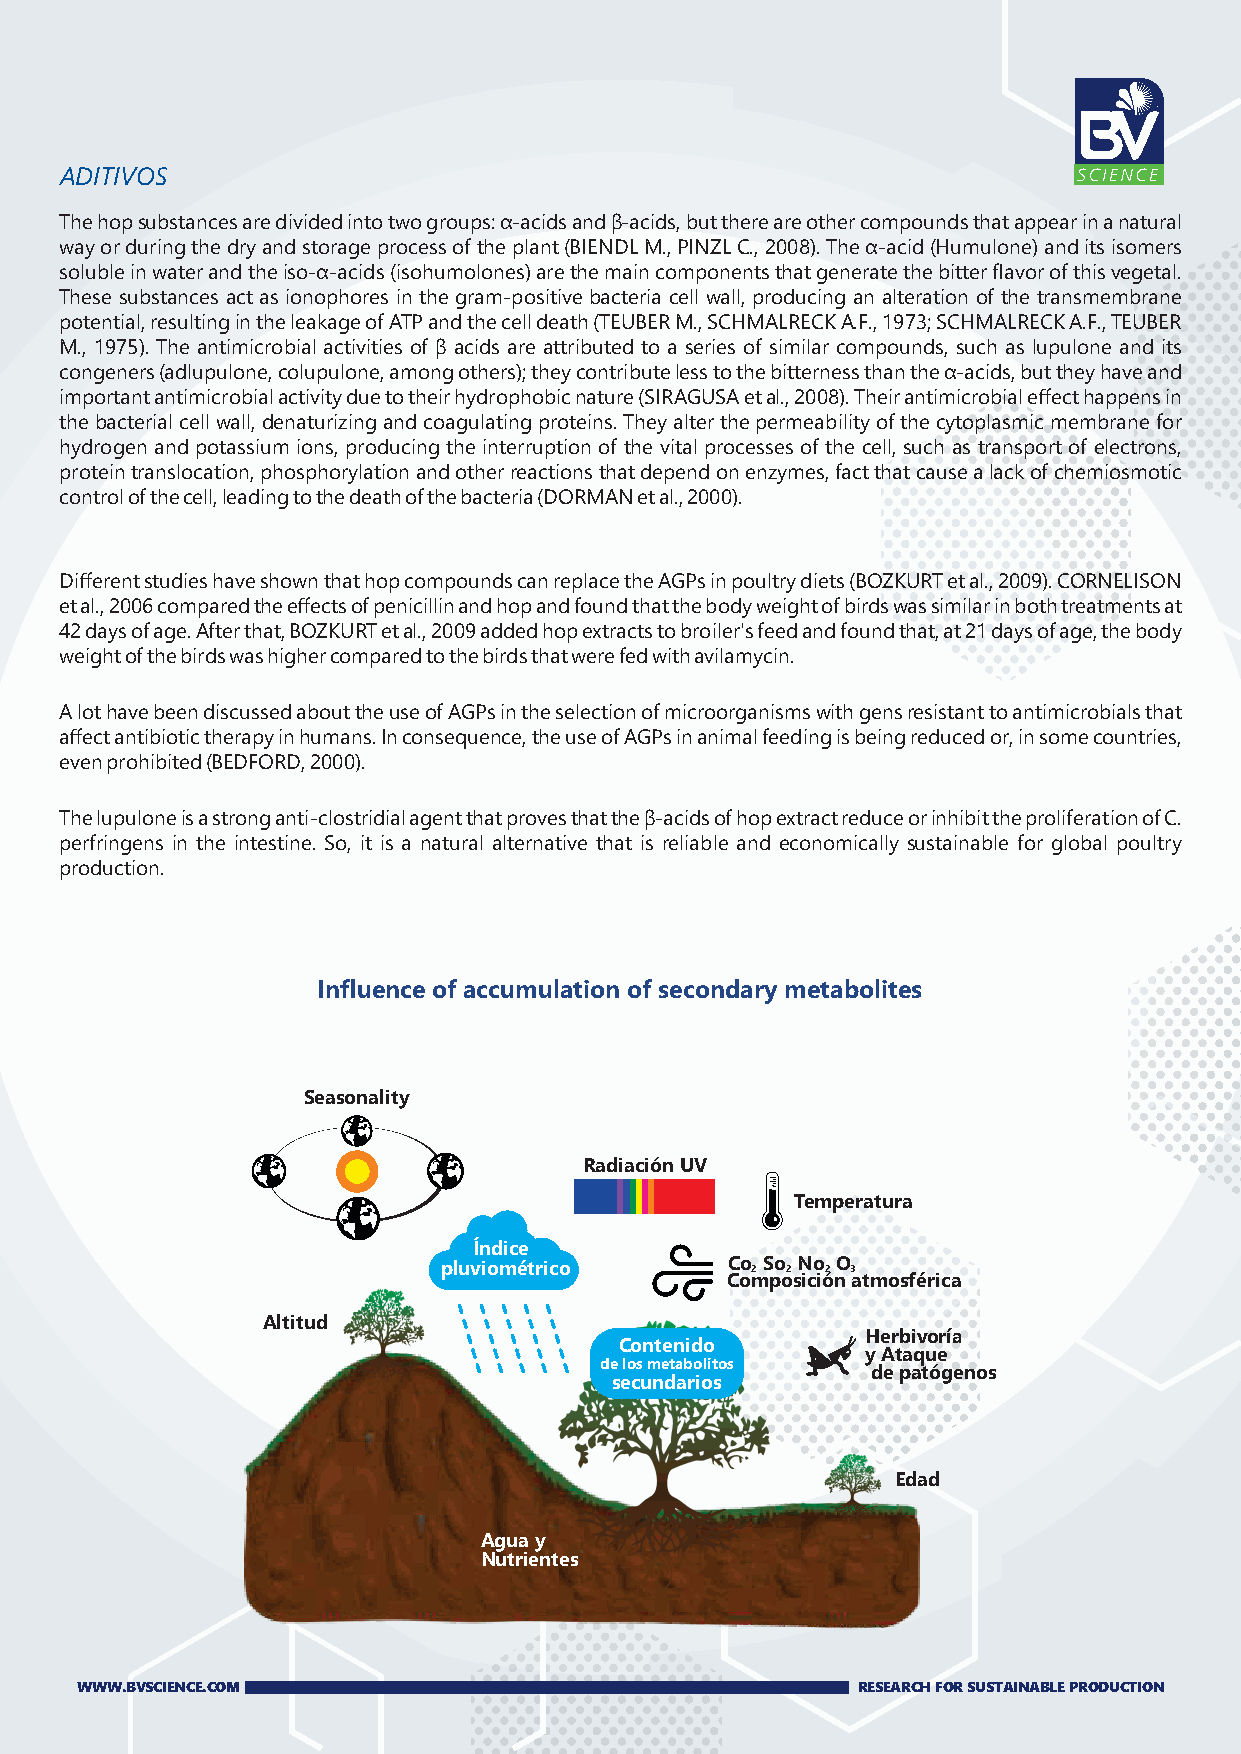
ADITIVOS
 The hop substances are divided into two groups: α-acids and β-acids, but there are other compounds that appear in a natural
 way or during the dry and storage process of the plant (BIENDL M., PINZL C., 2008). The α-acid (Humulone) and its isomers
 soluble in water and the iso-α-acids (isohumolones) are the main components that generate the bitter flavor of this vegetal.
 These substances act as ionophores in the gram-positive bacteria cell wall, producing an alteration of the transmembrane
 potential, resulting in the leakage of ATP and the cell death (TEUBER M., SCHMALRECK A.F., 1973; SCHMALRECK A.F., TEUBER
 M., 1975). The antimicrobial activities of β acids are attributed to a series of similar compounds, such as lupulone and its
 congeners (adlupulone, colupulone, among others); they contribute less to the bitterness than the α-acids, but they have and
 important antimicrobial activity due to their hydrophobic nature (SIRAGUSA et al., 2008). Their antimicrobial effect happens in
 the bacterial cell wall, denaturizing and coagulating proteins. They alter the permeability of the cytoplasmic membrane for
 hydrogen and potassium ions, producing the interruption of the vital processes of the cell, such as transport of electrons,
 protein translocation, phosphorylation and other reactions that depend on enzymes, fact that cause a lack of chemiosmotic
 control of the cell, leading to the death of the bacteria (DORMAN et al., 2000).
 Different studies have shown that hop compounds can replace the AGPs in poultry diets (BOZKURT et al., 2009). CORNELISON
 et al., 2006 compared the effects of penicillin and hop and found that the body weight of birds was similar in both treatments at
 42 days of age. After that, BOZKURT et al., 2009 added hop extracts to broiler's feed and found that, at 21 days of age, the body
 weight of the birds was higher compared to the birds that were fed with avilamycin.
 A lot have been discussed about the use of AGPs in the selection of microorganisms with gens resistant to antimicrobials that
 affect antibiotic therapy in humans. In consequence, the use of AGPs in animal feeding is being reduced or, in some countries,
 even prohibited (BEDFORD, 2000).
 The lupulone is a strong anti-clostridial agent that proves that the β-acids of hop extract reduce or inhibit the proliferation of C.
 perfringens in the intestine. So, it is a natural alternative that is reliable and economically sustainable for global poultry
 production.
 Influence of accumulation of secondary metabolites
 Seasonality
 Radiación UV
 Temperatura
 Índice
 pluviométrico      Co 2 So 2 No 2 O 3
 Composición atmosférica
 Altitud
 Herbivoría
 Contenido
 y Ataque
 de los metabolitos
 de patógenos
 secundarios
 Edad
 Agua y
 Nutrientes
 WWW.BVSCIENCE.COM                                   RESEARCH FOR SUSTAINABLE PRODUCTION